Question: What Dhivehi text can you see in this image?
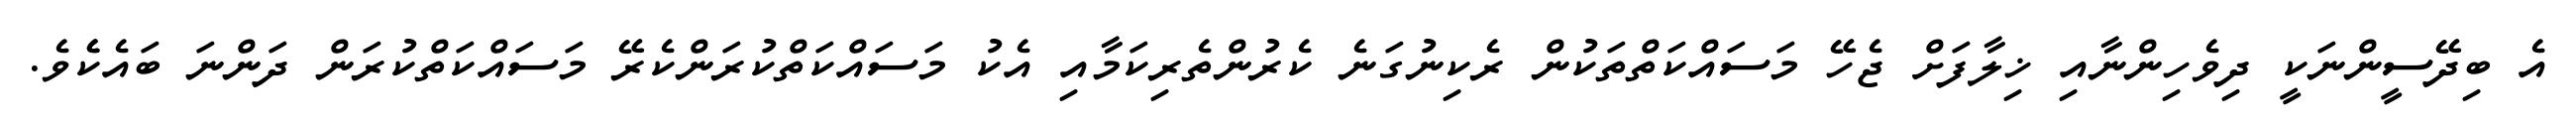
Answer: އެ ބިދޭސީންނަކީ ދިވެހިންނާއި ޚިލާފަށް ޖެހޭ މަސައްކަތްތަކުން ރެކިނުގަނެ ކެރުންތެރިކަމާއި އެކު މަސައްކަތްކުރަންކެރޭ މަސައްކަތްކުރަން ދަންނަ ބައެކެެވެ.